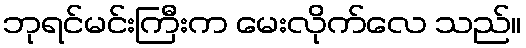
ဘုရင်မင်းကြီးက မေးလိုက်လေ သည်။